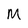
Character: M